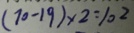
( 7 0 - 1 9 ) \times 2 = 1 0 2